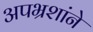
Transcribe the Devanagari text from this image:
अपभ्रशांने